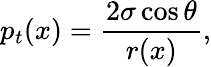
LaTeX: p_{t}(x)=\frac{2\sigma\cos{\theta}}{r(x)},